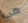
هي